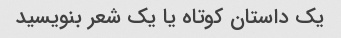
یک داستان کوتاه یا یک شعر بنویسید